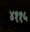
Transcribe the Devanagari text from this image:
४११५